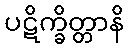
ပဋိက္ခိတ္တာနိ